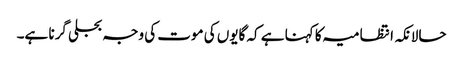
حالانکہ انتظامیہ کا کہنا ہے کہ گایوں کی موت کی وجہ بجلی گرنا ہے۔